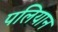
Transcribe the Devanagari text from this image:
पलियान